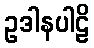
ဥဒါနပါဠိ